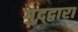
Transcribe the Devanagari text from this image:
गुद्द्वारा